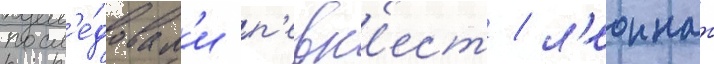
посл'е́довал'и п'евк'ест / л'еоннат